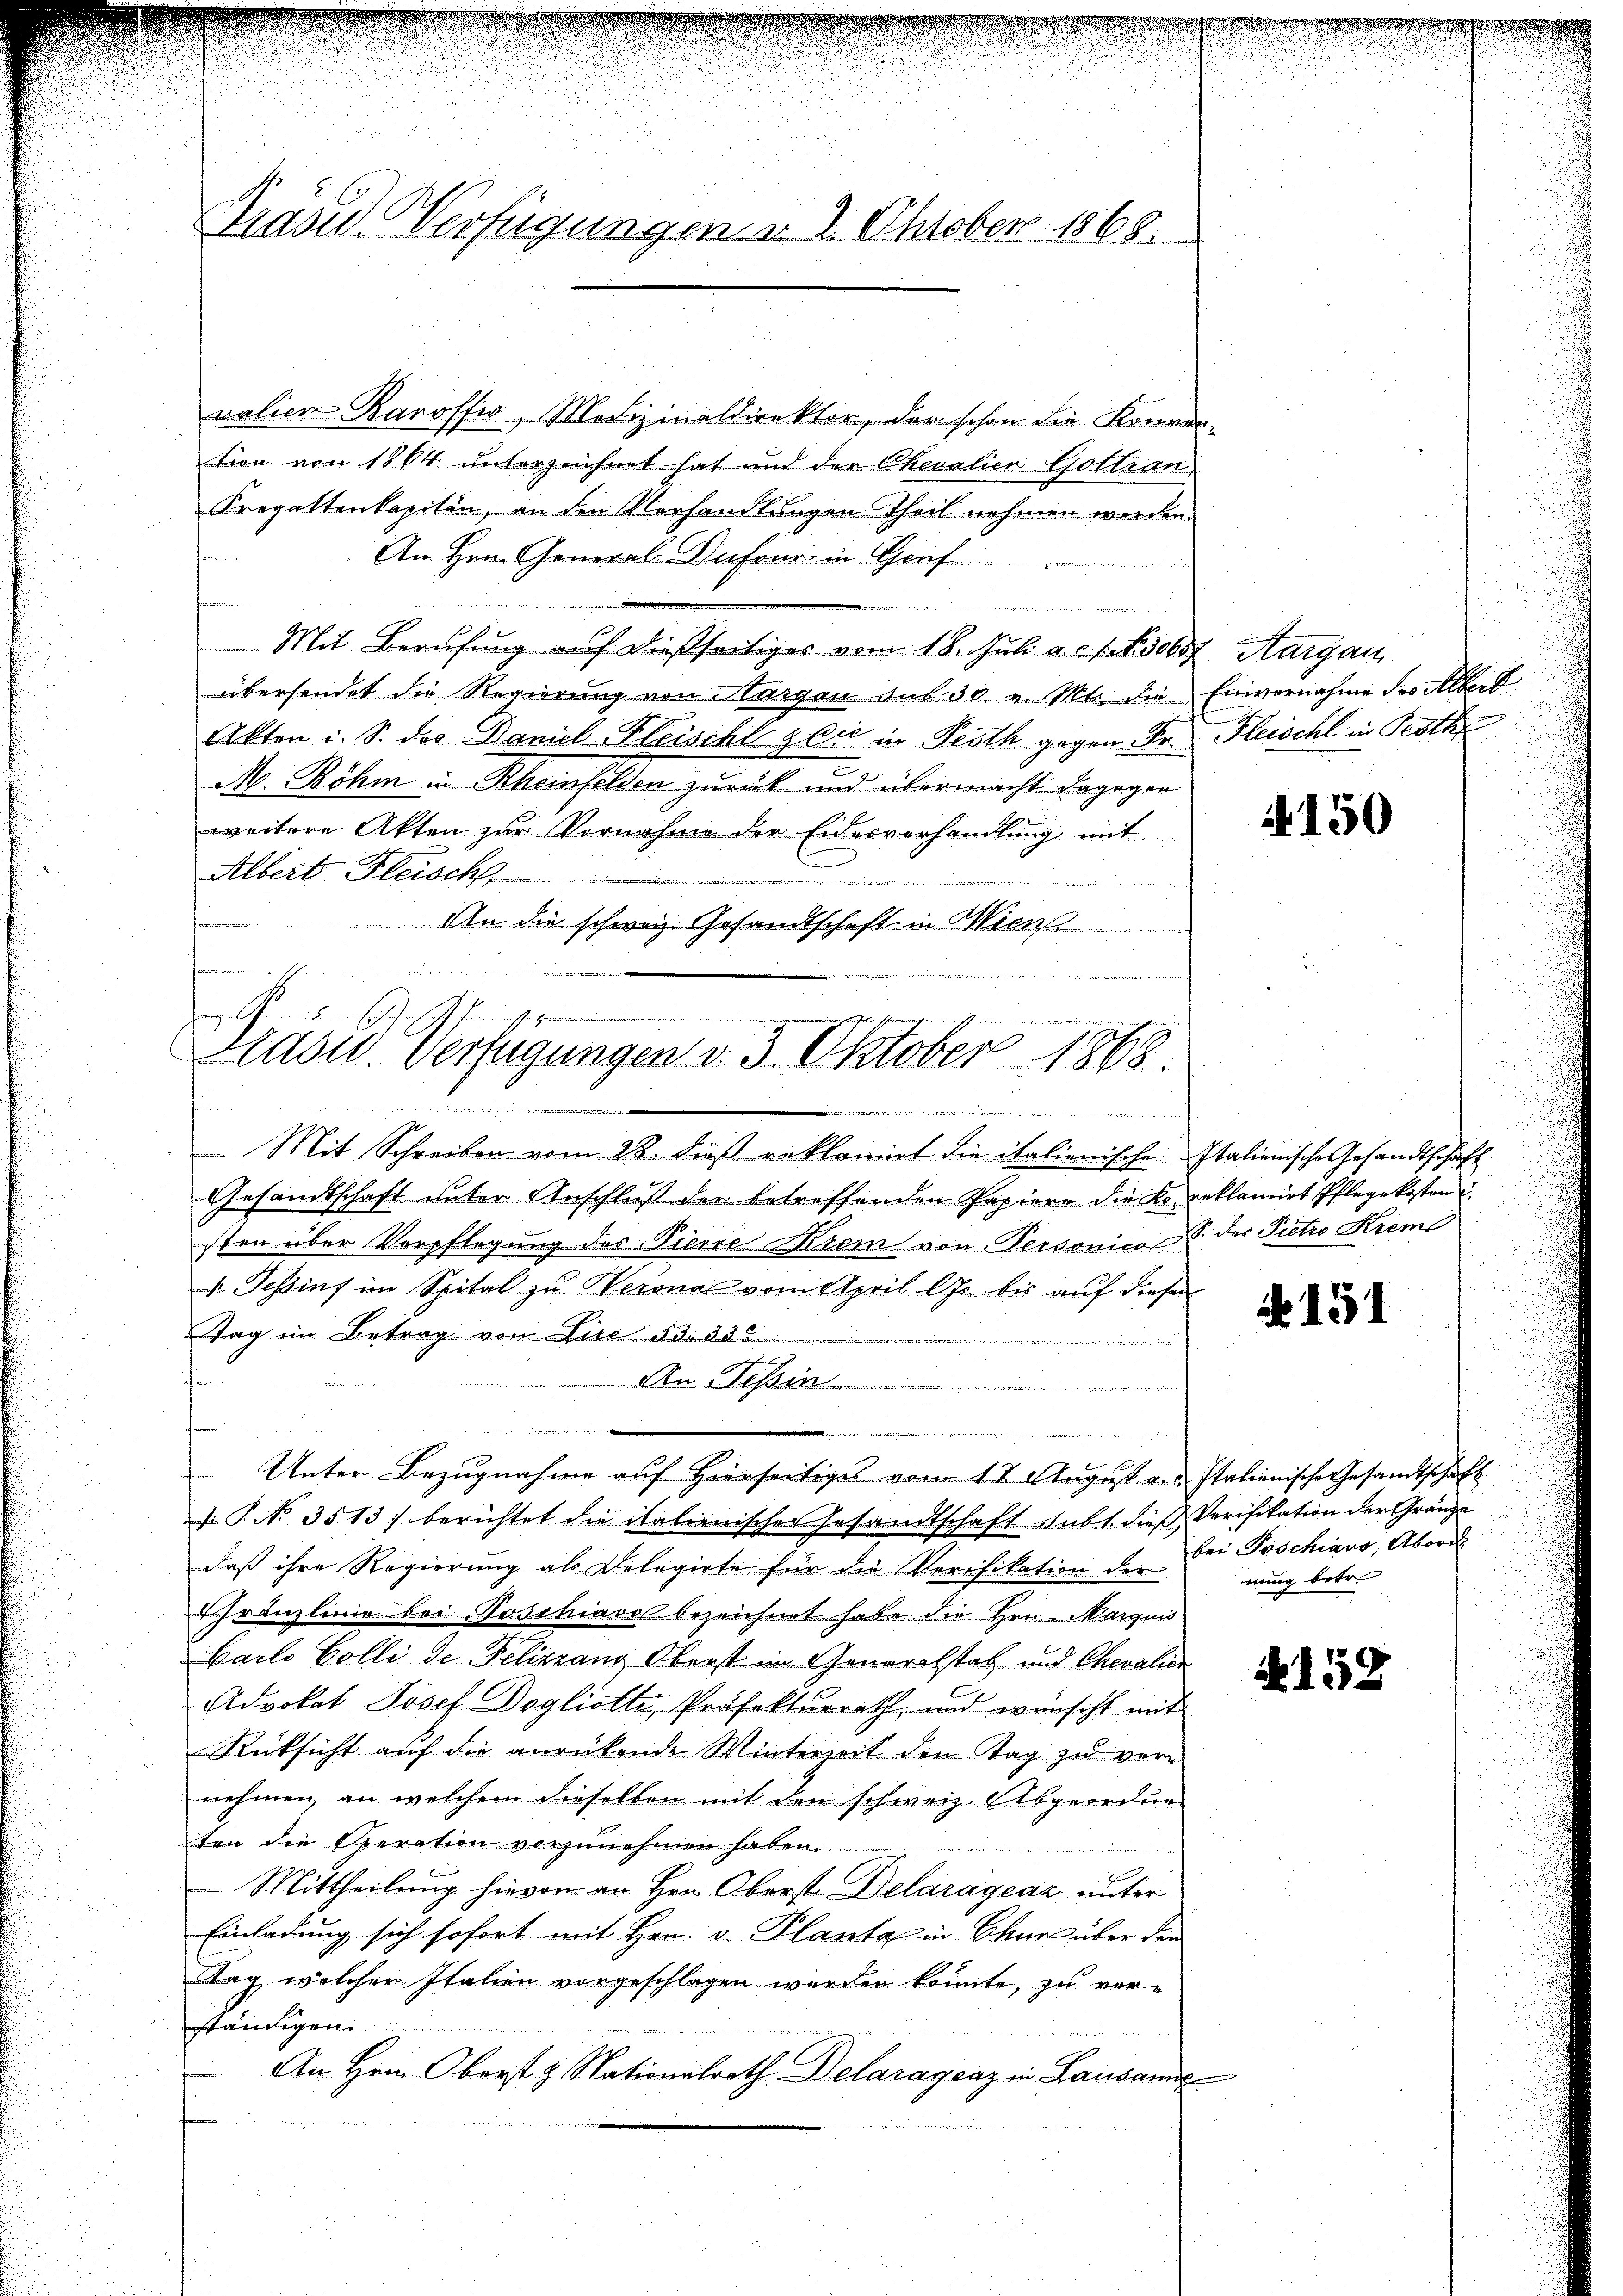
Präsid. Verfügungen u. 2. Oktober 1868.

valien Barofsio, Medizinaldirektor, der schon die Konven-
tion von 1864 unterzeichnet hat und der Chevalien Gottran
Kregattenkapitän, an den Vorhandlungen Theil nehmen werden.
An Hrn. General-Dufour in Graf
n
.
Mit Berufung auf dießseitiges vom 18. Jul. a. c. Fsober Aargau
übersendet die Regierung von Aargau aus 30. v. Mts. die Einvernahme des Albert
Akten i. S. des Daniel Fleischt glie in Proth gegen Fr. Fleischl in Pesth
M. Böhm in Rheinfelden zurück und übermacht dagegen
weitere Akten zur Vornahme der Eidesverhandlung mit
Albert Fleisch
dienen
An die schweiz. Gesandtschaft in Wien
B

h           diese
G
ischen Gemein

Nadu. Verfügungen d. 3. Oktober 1868.
.

12 te
Mit Schreiben vom 28. dieß reklamirt die italienische Italienische Gesandtschaft
Gesandtschaft unter Anschluß der betreffenden Papiere die Lo reklamirt Pflegekosten u
sten über Verpflegung des Pierre Krem von Personico S. der Pietro Kreme
 Teßinf im Spital zu Werona vom April l. bis auf diesen
Tag im Betrag von Vice dd. 305
e
h
Der Bessen
.
Unter Bezugnahme auf Hierseitiges vom 17. August v. u. Italienische Gesandtschaft
F. P. No. 3513) berichtet die italienischer Gesandtschaft gibt dieß Verifikation der Gränze
daß ihre Regierung als Delegirte für die Verifikation der bei Poschiavo, Abord
Schränzlinie bei Poschiavo bezeichnet habe die Herr Marquis
Bailo Colli de Pelirrang Oberst im Generalstab und Chevalier
Advokat Josef Doglichte, Präfekturrath, und wünscht mit
Rücksicht auf die anrückende Winterzeit den Tag zu ver
nehmen, an welchem dieselben mit den schweiz. Abgeordne
ten die Operation vorzunehmen haben.
Mittheilung hievon an Hrn. Oberst Delarágeaz unter
Einladung sich sofort mit Hrn. v. Planta in Chur über den
tag, welcher Italien vorgeschlagen werden könnte, zu verständigen
iier
An Hrn. Oberst & Nationalrath Delaragcaz in Lausanne

n

4150

N 151

nung betr.

A 158